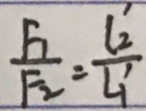
\frac { F _ { 1 } } { F _ { 2 } } = \frac { L _ { 2 } } { L _ { 1 } }